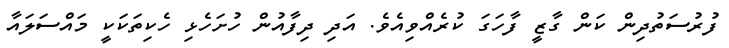
ފުރުސަތުދިން ކަން ގާޒީ ފާހަގަ ކުރެއްވިއެވެ. އަދި ދިފާއުން ހުށަހެޅި ހެކިތަކަކީ މައްސަލައާ